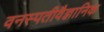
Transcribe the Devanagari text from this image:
वनस्पतीवैज्ञानिक